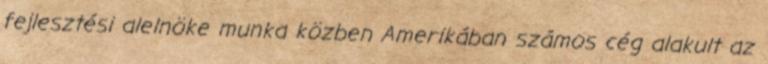
fejlesztési alelnöke munka közben Amerikában számos cég alakult az